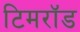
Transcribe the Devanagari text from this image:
टिमरॉड